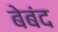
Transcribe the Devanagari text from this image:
बेबंद